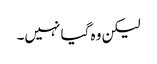
لیکن وہ گیا نہیں۔